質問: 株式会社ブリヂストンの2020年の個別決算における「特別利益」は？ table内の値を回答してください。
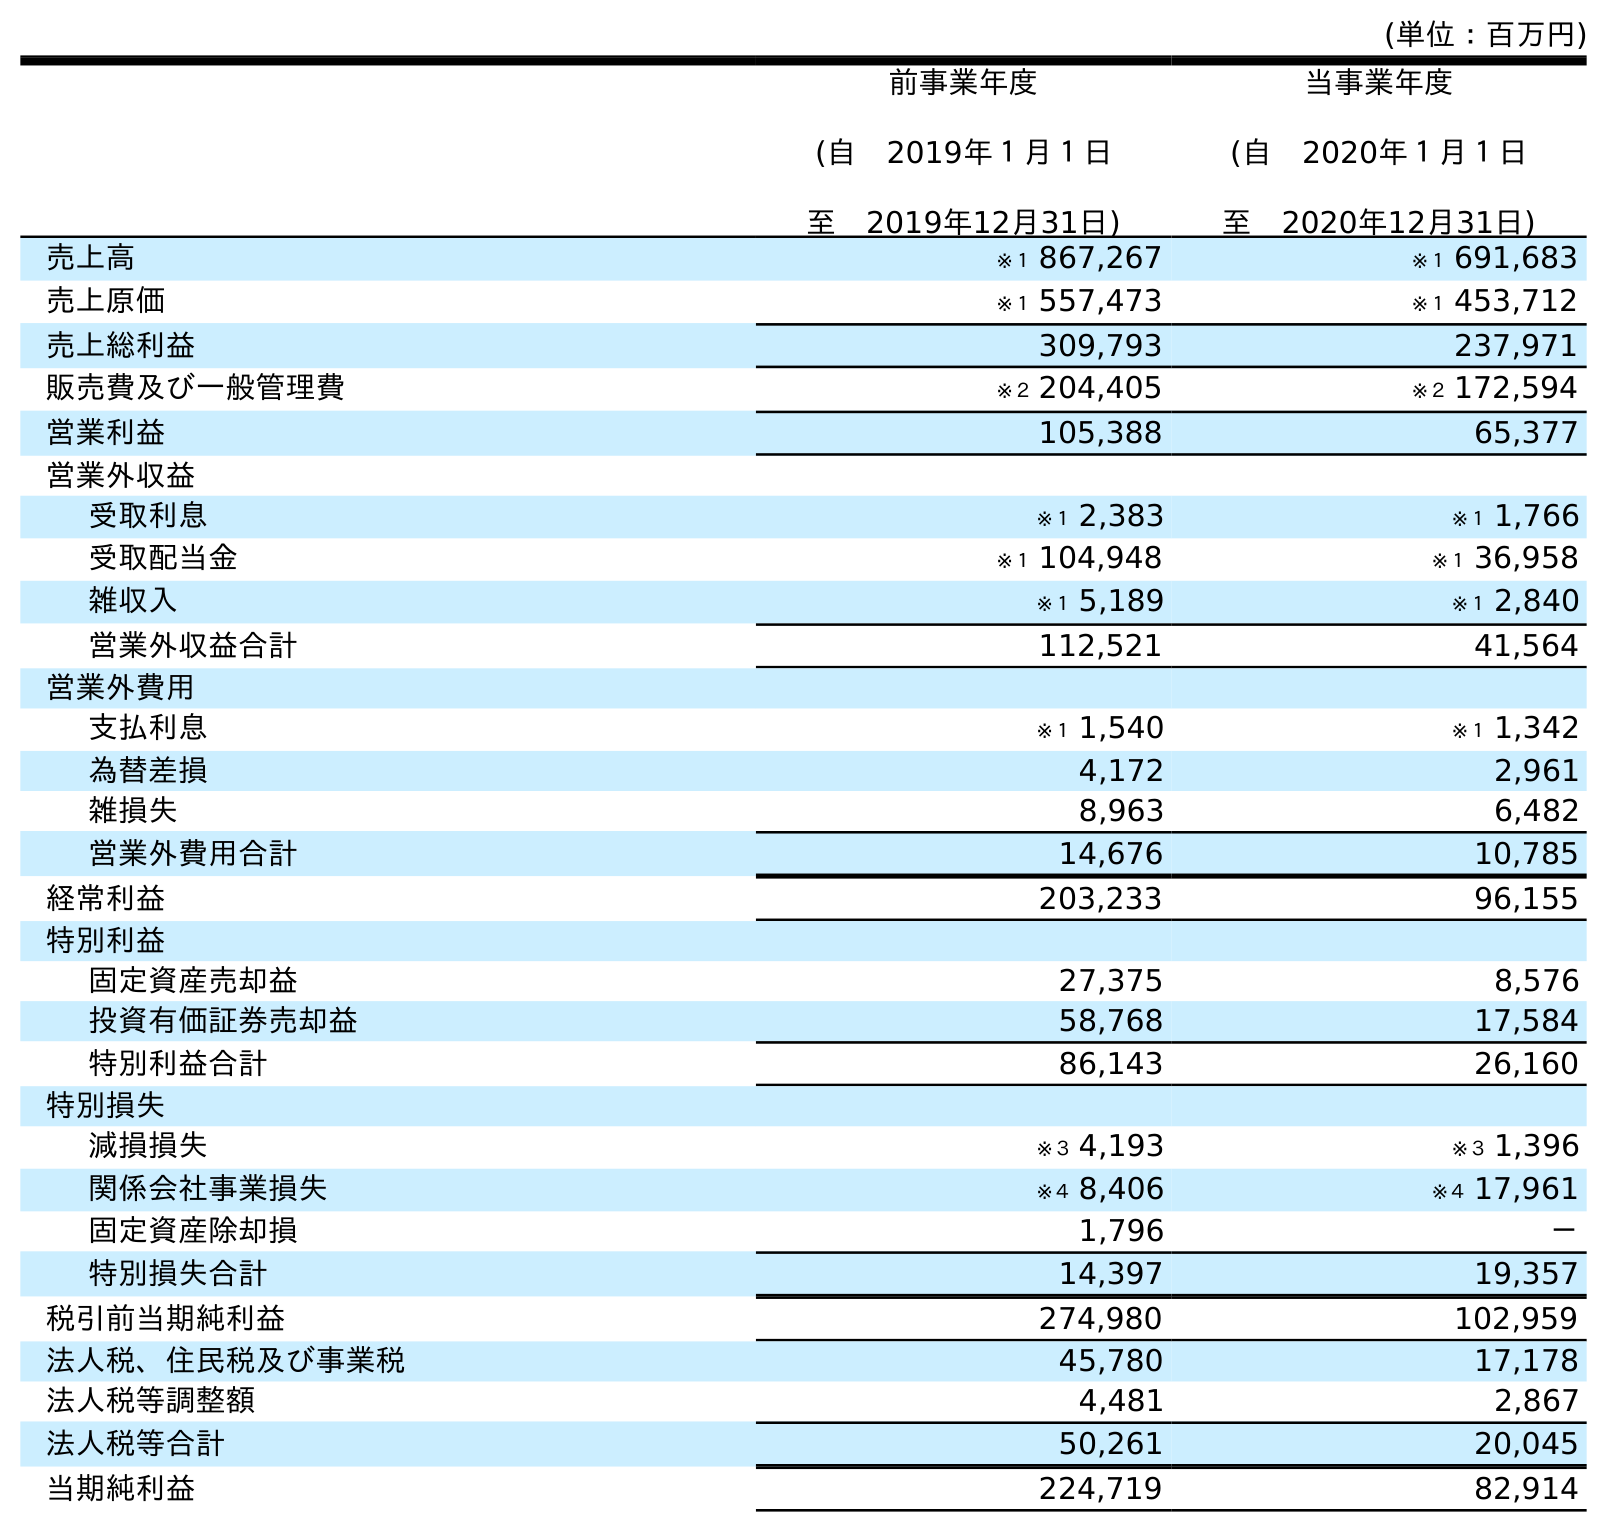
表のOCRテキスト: (単位：百万円) 前事業年度 (自 2019年１月１日 至 2019年12月31日) 当事業年度 (自 2020年１月１日 至 2020年12月31日) 売上高 ※１ 867,267 ※１ 691,683 売上原価 ※１ 557,473 ※１ 453,712 売上総利益 309,793 237,971 販売費及び一般管理費 ※２ 204,405 ※２ 172,594 営業利益 105,388 65,377 営業外収益 受取利息 ※１ 2,383 ※１ 1,766 受取配当金 ※１ 104,948 ※１ 36,958 雑収入 ※１ 5,189 ※１ 2,840 営業外収益合計 112,521 41,564 営業外費用 支払利息 ※１ 1,540 ※１ 1,342 為替差損 4,172 2,961 雑損失 8,963 6,482 営業外費用合計 14,676 10,785 経常利益 203,233 96,155 特別利益 固定資産売却益 27,375 8,576 投資有価証券売却益 58,768 17,584 特別利益合計 86,143 26,160 特別損失 減損損失 ※３ 4,193 ※３ 1,396 関係会社事業損失 ※４ 8,406 ※４ 17,961 固定資産除却損 1,796 － 特別損失合計 14,397 19,357 税引前当期純利益 274,980 102,959 法人税、住民税及び事業税 45,780 17,178 法人税等調整額 4,481 2,867 法人税等合計 50,261 20,045 当期純利益 224,719 82,914
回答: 26,160